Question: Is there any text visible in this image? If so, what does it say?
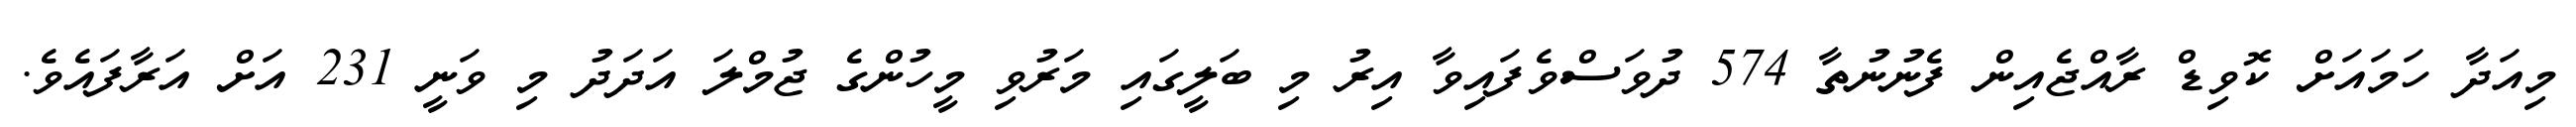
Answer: މިއަދާ ހަމައަށް ކޮވިޑް ރާއްޖެއިން ފެނުނުތާ 574 ދުވަސްވެފައިވާ އިރު މި ބަލީގައި މަރުވި މީހުންގެ ޖުމްލަ އަދަދު މި ވަނީ 231 އަށް އަރާފައެވެ.